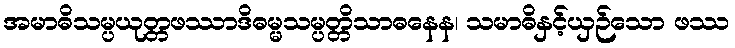
အမာဓိသမ္ပယုတ္တဖဿာဒိဓမ္မသမ္ပတ္တိသာဓနေန၊ သမာဓိနှင့်ယှဉ်သော ဖဿ